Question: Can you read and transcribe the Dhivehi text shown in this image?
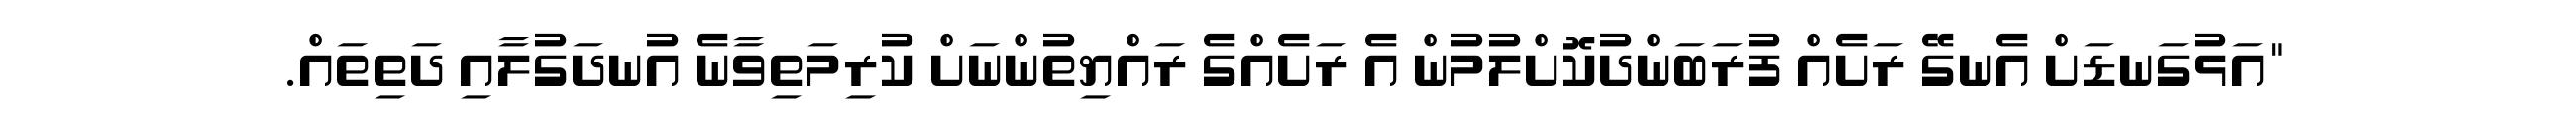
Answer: "އަޅުގަނޑަށް އެނގޭ ރަށެއް ފުރަބަންދުކޮށްލުމުން އެ ރަށެއްގެ ރައްޔިތުންނަށް ކުރިމަތިވާނެ އުނދަގުލާއި ދަތިތައް.